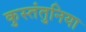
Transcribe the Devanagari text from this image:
कुस्तंतुनिया